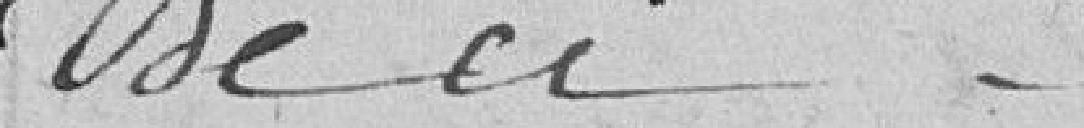
de ci